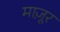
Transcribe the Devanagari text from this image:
माज़ूर